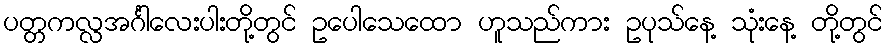
ပတ္တကလ္လအင်္ဂါလေးပါးတို့တွင် ဥပေါသေထော ဟူသည်ကား ဥပုသ်နေ့ သုံးနေ့ တို့တွင်